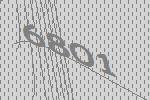
6801